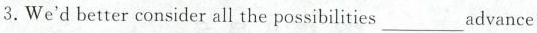
3.We'd better consider all the possibilities___advance